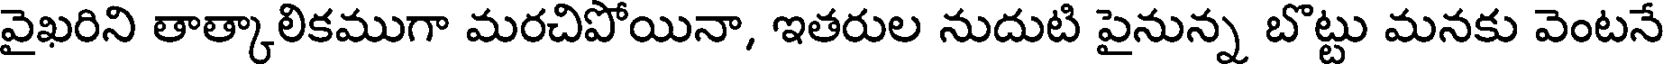
వైఖరిని తాత్కాలికముగా మరచిపోయినా, ఇతరుల నుదుటి పైనున్న బొట్టు మనకు వెంటనే